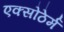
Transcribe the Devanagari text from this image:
एक्सोठेर्म